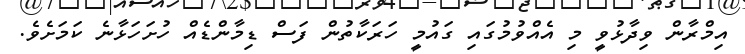
އިމްރާން ވިދާޅުވީ މި އެއްވުމުގައި ގައުމީ ހަރަކާތުން ފަސް ޑިމާންޑެއް ހުށަހަޅާނެ ކަމަށެވެ.